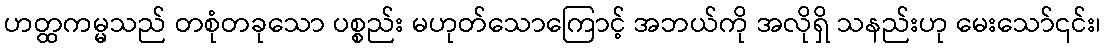
ဟတ္ထကမ္မသည် တစုံတခုသော ပစ္စည်း မဟုတ်သောကြောင့် အဘယ်ကို အလိုရှိ သနည်းဟု မေးသော်၎င်း၊